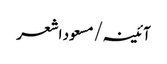
آئینہ/مسعود اشعر